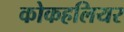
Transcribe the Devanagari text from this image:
कोकहलियर